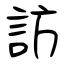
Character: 訪